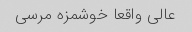
عالی واقعا خوشمزه مرسی